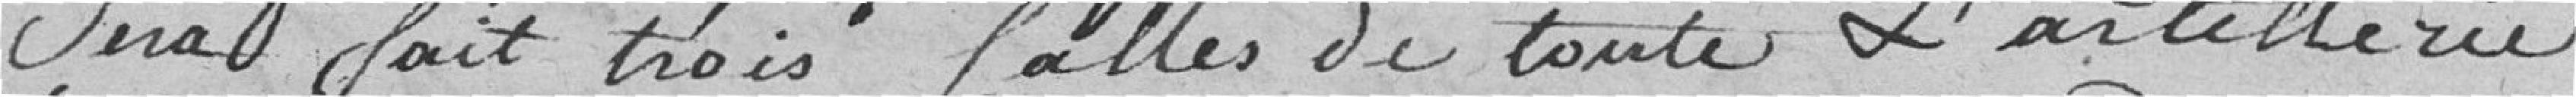
sera fait trois salles de toute l'artillerie